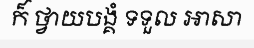
ក៏ ថ្វាយបង្គំ ទទួល អាសា